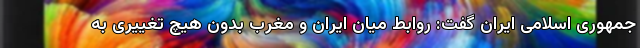
جمهوری اسلامی ایران گفت: روابط میان ایران و مغرب بدون هیچ تغییری به